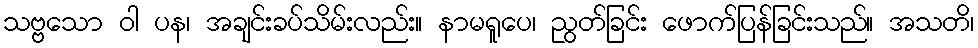
သဗ္ဗသော ဝါ ပန၊ အချင်းခပ်သိမ်းလည်း။ နာမရူပေ၊ ညွတ်ခြင်း ဖောက်ပြန်ခြင်းသည်။ အသတိ၊